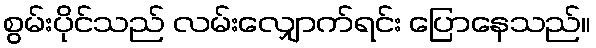
စွမ်းပိုင်သည် လမ်းလျှောက်ရင်း ပြောနေသည်။